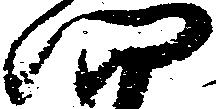
四